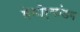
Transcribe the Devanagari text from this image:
मेमोर्‍यांडम